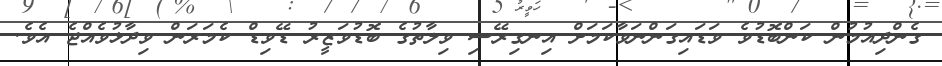
ގެންދިއުމުން ކަންބޮޑުވެ ވަޑައިގަންނަވާކަމަށް އިނގިރޭސި ވިލާތުގެ ބޮޑުވަޒީރު ޑޭވިޑް ކެމަރަން ވިދާޅުވެއްޖެ އެވެ.